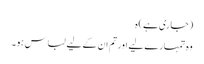
(جاری ہے) ہ
وہ تمہارے لیے اورتم ان کے لیے لباس ہو۔